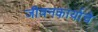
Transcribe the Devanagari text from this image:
जीवनकार्याचे